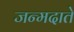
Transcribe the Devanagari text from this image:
जन्मदाते